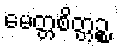
မေတ္တစိတ္တဉ္စ